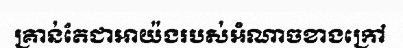
គ្រាន់តែជាអាយ៉ងរបស់អំណាចខាងក្រៅ